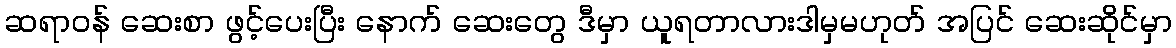
ဆရာဝန် ဆေးစာ ဖွင့်ပေးပြီး နောက် ဆေးတွေ ဒီမှာ ယူရတာလားဒါမှမဟုတ် အပြင် ဆေးဆိုင်မှာ